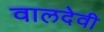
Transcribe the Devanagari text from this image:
वालदेवी